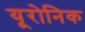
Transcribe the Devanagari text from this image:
यूरोनिक